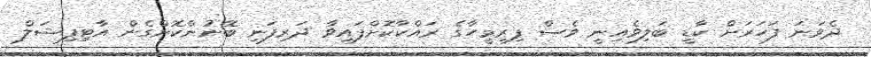
ދެވަނަ ފަހަރަށް ކާޑީ ބަލިވެއިނީ ވެސް ފިރިމީހާގެ ރައްކާކޮށްފައިވާ ދަރިފަނި ބޭނުންކޮށްގެން އާޓިފިޝަލް